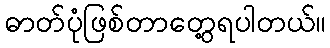
ဓာတ်ပုံဖြစ်တာတွေ့ရပါတယ်။